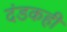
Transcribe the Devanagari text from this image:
दंडकही